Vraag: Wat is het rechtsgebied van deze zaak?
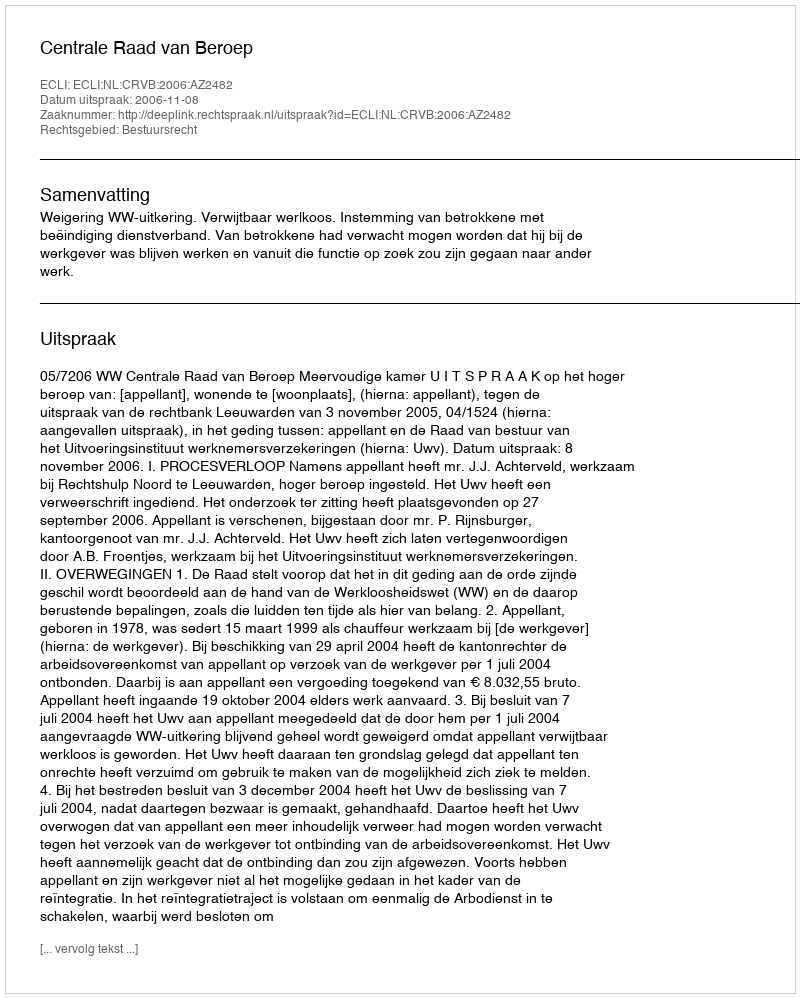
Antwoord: Bestuursrecht